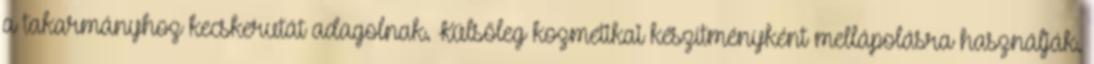
a takarmányhoz kecskerutát adagolnak. Külsőleg kozmetikai készítményként mellápolásra használják.